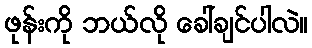
ဖုန်းကို ဘယ်လို ခေါ်ချင်ပါလဲ။